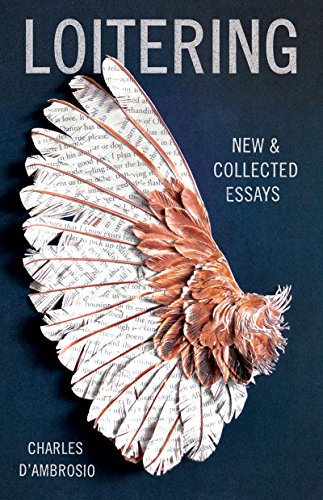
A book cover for Loitering: New and Collected Essays; Charles D'Ambrosio; Literature & Fiction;